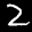
Label: 2